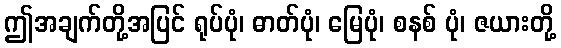
ဤအချက်တို့အပြင် ရုပ်ပုံ၊ ဓာတ်ပုံ၊ မြေပုံ၊ စနစ် ပုံ၊ ဇယားတို့